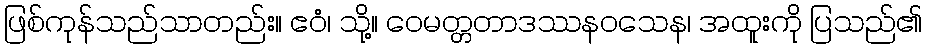
ဖြစ်ကုန်သည်သာတည်း။ ဧဝံ၊ သို့။ ဝေမတ္တတာဒဿနဝသေန၊ အထူးကို ပြသည်၏